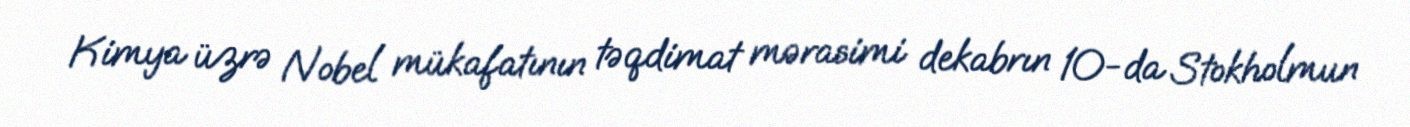
Kimya üzrə Nobel mükafatının təqdimat mərasimi dekabrın 10-da Stokholmun